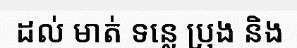
ដល់ មាត់ ទន្លេ ប្រុង និង